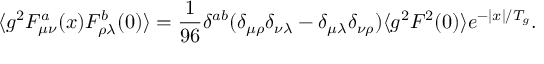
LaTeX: \langle g ^ { 2 } F _ { \mu \nu } ^ { a } ( x ) F _ { \rho \lambda } ^ { b } ( 0 ) \rangle = { \frac { 1 } { 9 6 } } \delta ^ { a b } ( \delta _ { \mu \rho } \delta _ { \nu \lambda } - \delta _ { \mu \lambda } \delta _ { \nu \rho } ) \langle g ^ { 2 } F ^ { 2 } ( 0 ) \rangle e ^ { - \vert x \vert / T _ { g } } .